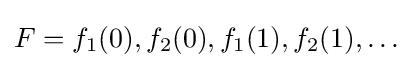
F=f_{1}(0),f_{2}(0),f_{1}(1),f_{2}(1),\dots